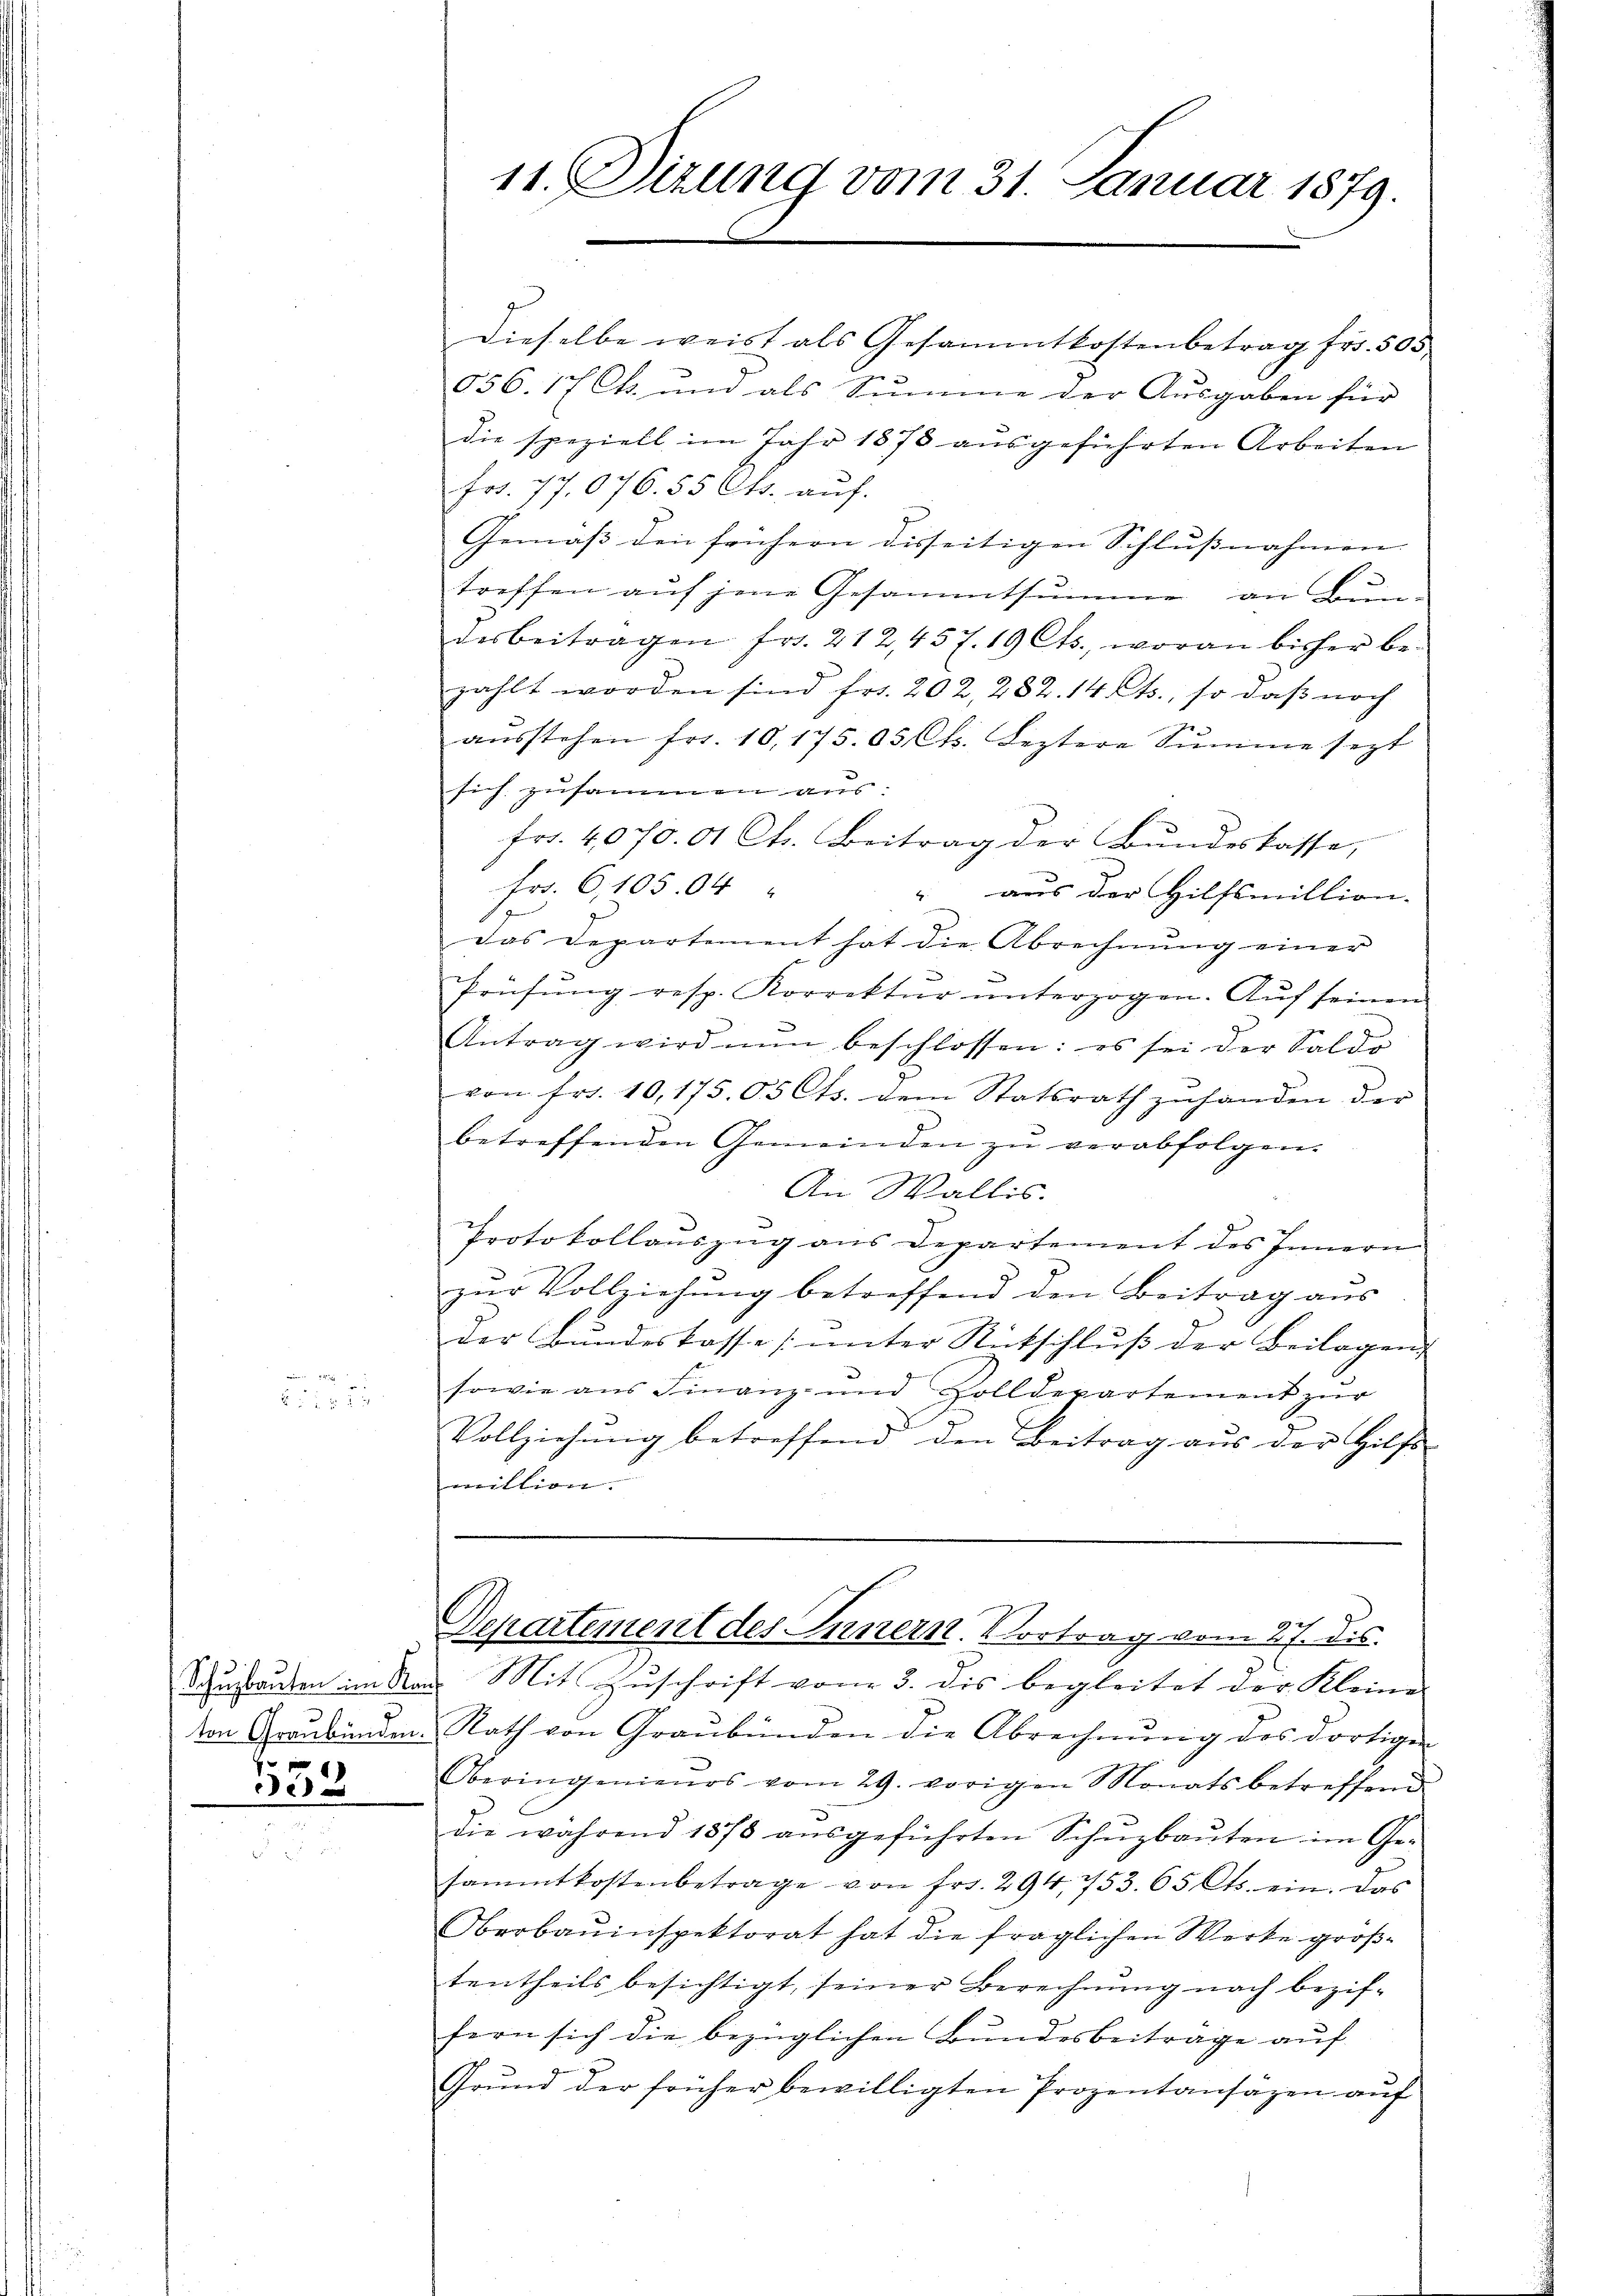
338

11. Sizung vom 31. Januar 1879.

Dieselbe weist als Gesammtkostenbetrag fr. 505
056. 17 Ch. und als Summe der Ausgaben für
die speziell im Jahr 1878 aŭsgeführten Arbeiten
Frs. 77.076. 55 Cts. auf.
Gemäß den frühern disseitigen Schlußnahmen
treffen auf jene Gesammtsumme an Bun-
desbeitragen fr. 212, 457. 19 Cts., woran bisher be-
zahlt worden sind fr. 202, 282. 14. Cts., so daß noch
aŭsstehen fr. 10, 175.03 Ct. Leztere Summe sezt
sich zusammen aus.
fr. 4070.01 Cts. Beitrag der Bŭndeskasse,
Fr. 6, 105.04 "
aus der Hilfsmillion.

Das Departement hat die Abrechnung einer
Prüfŭng resp. Korrektur ŭnterzogen. Aŭf seinen
Antrag wird nun beschlossen: es sei der Saldo
von fr. 10, 175. 05 Cts. dem Statsrath zŭ handen der
betreffenden Gemeinden zŭ verabfolgen.

An Wallis.
Protokollaŭszŭg ans Departement des Innern
zur Vollziehung betreffend den Beitrag aus
der Bŭndeskasse ŭnter Ritschlŭβ der Beilagen
sowie aus Finanz- und Zolldepartement zŭr
Vollziehŭng betreffend den Beitrag aŭs der Hilfs-
mittion. |
.
Separtement des Innern. Vortrag vom 27. Dis
Schustauten im Nach Mit Zuschrift von 3. dis begleitet der Kleine
von Graubünden Rath von Graubünden die Abrechnung des dortigen
Oberingenieurs vom 29. vorigen Monats betreffend
die während 1878 aŭsgeführten Schŭzbaŭten im Ge-
sammtkostenbetrage von Frs. 294, 753. 65 Cts. ein. Das
Oberbauinspektorat hat die fraglichen Werke großtentheils besichtigt, seiner Berechnung nach bezif-
fern sich die bezüglichen Bundesbeiträge auf
Grŭnd der früher bewilligten Prozentansäzen aŭf